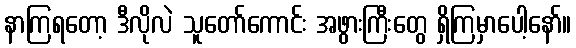
နာကြရတော့ ဒီလိုလဲ သူတော်ကောင်း အဖွားကြီးတွေ ရှိကြမှာပေါ့နော်။